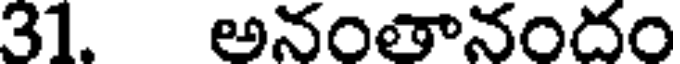
31. అనంతానందం